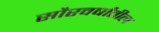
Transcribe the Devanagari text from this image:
सौरवर्षांतील